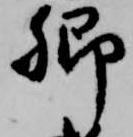
卿